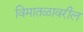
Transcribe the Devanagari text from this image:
विमातळावरील